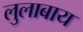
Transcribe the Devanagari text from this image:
लुलाबाय